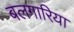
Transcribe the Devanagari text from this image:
बलगारिया